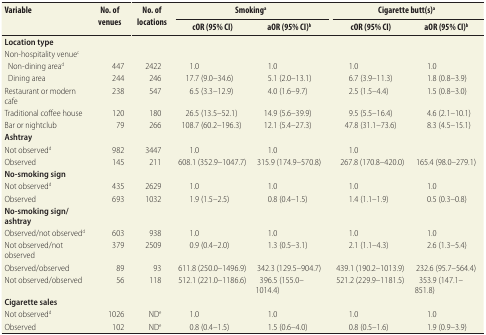
<table><thead><tr><td rowspan="2"><b>Variable</b></td><td rowspan="2"><b>No. of venues</b></td><td rowspan="2"><b>No. of locations</b></td><td colspan="2"><b>Smoking<sup>a</sup></b></td><td rowspan="2"></td><td colspan="2"><b>Cigarette butt(s)<sup>a</sup></b></td></tr><tr><td><b>cOR (95% CI)</b></td><td><b>aOR (95% CI)<sup>b</sup></b></td><td><b>cOR (95% CI)</b></td><td><b>aOR (95% CI)<sup>b</sup></b></td></tr></thead><tbody><tr><td><b>Location type</b></td><td></td><td></td><td></td><td></td><td></td><td></td><td></td></tr><tr><td>Non-hospitality venue<sup>c</sup></td><td></td><td></td><td></td><td></td><td></td><td></td><td></td></tr><tr><td>Non-dining area<sup>d</sup></td><td>447</td><td>2422</td><td>1.0</td><td>1.0</td><td></td><td>1.0</td><td>1.0</td></tr><tr><td>Dining area</td><td>244</td><td>246</td><td>17.7 (9.0–34.6)</td><td>5.1 (2.0–13.1)</td><td></td><td>6.7 (3.9–11.3)</td><td>1.8 (0.8–3.9)</td></tr><tr><td>Restaurant or modern cafe</td><td>238</td><td>547</td><td>6.5 (3.3–12.9)</td><td>4.0 (1.6–9.7)</td><td></td><td>2.5 (1.5–4.4)</td><td>1.5 (0.8–3.0)</td></tr><tr><td>Traditional coffee house</td><td>120</td><td>180</td><td>26.5 (13.5–52.1)</td><td>14.9 (5.6–39.9)</td><td></td><td>9.5 (5.5–16.4)</td><td>4.6 (2.1–10.1)</td></tr><tr><td>Bar or nightclub</td><td>79</td><td>266</td><td>108.7 (60.2–196.3)</td><td>12.1 (5.4–27.3)</td><td></td><td>47.8 (31.1–73.6)</td><td>8.3 (4.5–15.1)</td></tr><tr><td><b>Ashtray</b></td><td></td><td></td><td></td><td></td><td></td><td></td><td></td></tr><tr><td>Not observed<sup>d</sup></td><td>982</td><td>3447</td><td>1.0</td><td>1.0</td><td></td><td>1.0</td><td></td></tr><tr><td>Observed</td><td>145</td><td>211</td><td>608.1 (352.9–1047.7)</td><td>315.9 (174.9–570.8)</td><td></td><td>267.8 (170.8–420.0)</td><td>165.4 (98.0–279.1)</td></tr><tr><td><b>No-smoking sign</b></td><td></td><td></td><td></td><td></td><td></td><td></td><td></td></tr><tr><td>Not observed<sup>d</sup></td><td>435</td><td>2629</td><td>1.0</td><td>1.0</td><td></td><td>1.0</td><td>1.0</td></tr><tr><td>Observed</td><td>693</td><td>1032</td><td>1.9 (1.5–2.5)</td><td>0.8 (0.4–1.5)</td><td></td><td>1.4 (1.1–1.9)</td><td>0.5 (0.3–0.8)</td></tr><tr><td><b>No-smoking sign/ashtray</b></td><td></td><td></td><td></td><td></td><td></td><td></td><td></td></tr><tr><td>Observed/not observed<sup>d</sup></td><td>603</td><td>938</td><td>1.0</td><td>1.0</td><td></td><td>1.0</td><td>1.0</td></tr><tr><td>Not observed/not observed</td><td>379</td><td>2509</td><td>0.9 (0.4–2.0)</td><td>1.3 (0.5–3.1)</td><td></td><td>2.1 (1.1–4.3)</td><td>2.6 (1.3–5.4)</td></tr><tr><td>Observed/observed</td><td>89</td><td>93</td><td>611.8 (250.0–1496.9)</td><td>342.3 (129.5–904.7)</td><td></td><td>439.1 (190.2–1013.9)</td><td>232.6 (95.7–564.4)</td></tr><tr><td>Not observed/observed</td><td>56</td><td>118</td><td>512.1 (221.0–1186.6)</td><td>396.5 (155.0–1014.4)</td><td></td><td>521.2 (229.9–1181.5)</td><td>353.9 (147.1–851.8)</td></tr><tr><td><b>Cigarette sales</b></td><td></td><td></td><td></td><td></td><td></td><td></td><td></td></tr><tr><td>Not observed<sup>d</sup></td><td>1026</td><td>ND<sup>e</sup></td><td>1.0</td><td>1.0</td><td></td><td>1.0</td><td>1.0</td></tr><tr><td>Observed</td><td>102</td><td>ND<sup>e</sup></td><td>0.8 (0.4–1.5)</td><td>1.5 (0.6–4.0)</td><td></td><td>0.8 (0.5–1.6)</td><td>1.9 (0.9–3.9)</td></tr></tbody></table>